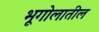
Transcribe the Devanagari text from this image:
भूगोलातील